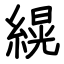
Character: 縨